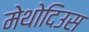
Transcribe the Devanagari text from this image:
मेथोदिउस